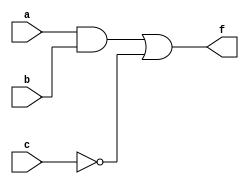
module simple_circuit(
    input a,  // Input wire a
    input b,  // Input wire b
    input c,  // Input wire c
    output f  // Output wire f
);

wire d, e; // Declare intermediate wires

and and1(d, a, b);    // AND gate, inputs a and b, output to d
not inverter1(e, c);  // Inverter gate, input c, output to e
or or1(f, d, e);      // OR gate, inputs d and e, output to f

endmodule